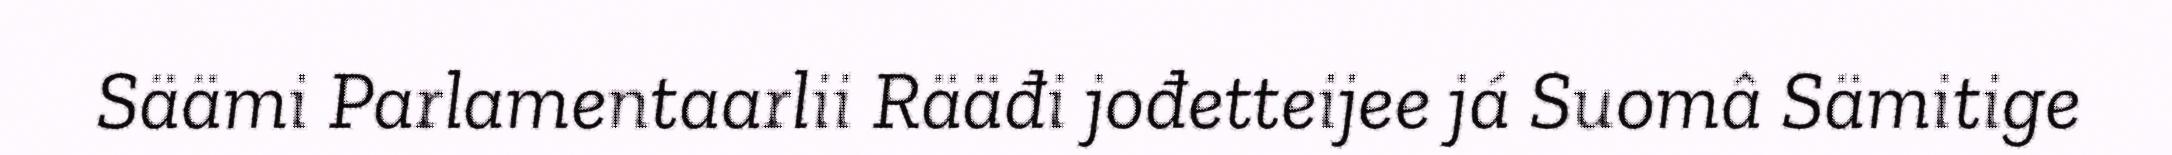
Säämi Parlamentaarlii Rääđi jođetteijee já Suomâ Sämitige